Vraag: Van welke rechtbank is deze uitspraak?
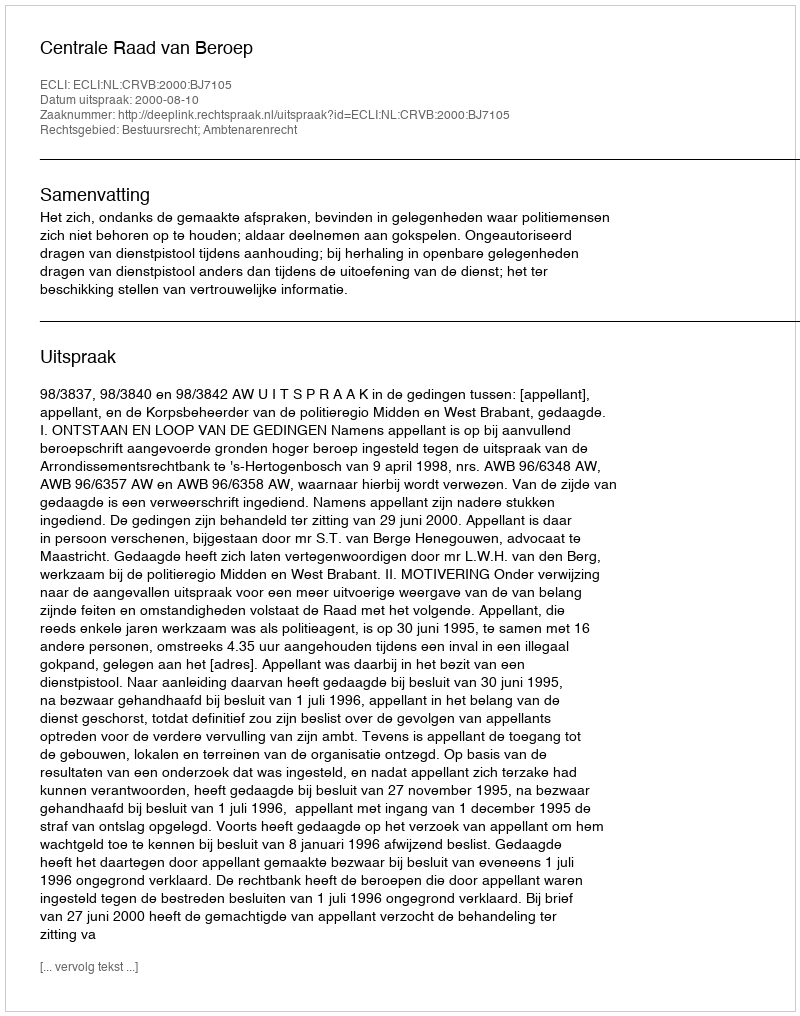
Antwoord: Centrale Raad van Beroep